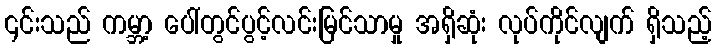
၎င်းသည် ကမ္ဘာ့ ပေါ်တွင်ပွင့်လင်းမြင်သာမှု အရှိဆုံး လုပ်ကိုင်လျက် ရှိသည့်